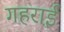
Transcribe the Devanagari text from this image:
गहरार्इ